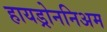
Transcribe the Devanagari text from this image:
हायड्रोननिअम